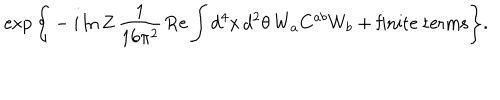
\exp \Bigg \{ - i \ln Z \, \frac { 1 } { 1 6 \pi ^ { 2 } } \, \mathrm { R e } \int d ^ { 4 } x \, d ^ { 2 } \theta \, W _ { a } C ^ { a b } W _ { b } + \mathrm { f i n i t e ~ t e r m s } \Bigg \} .